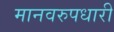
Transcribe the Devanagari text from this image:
मानवरुपधारी